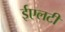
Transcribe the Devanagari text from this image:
ईएलटी